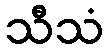
သီသံ